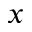
x